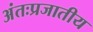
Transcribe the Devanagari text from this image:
अंतःप्रजातीय